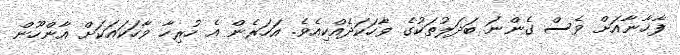
ފާޚާނާއަށް ވެސް ގެންނަ ބަދަލުތަކުގެ ވާހަކަދެއްކިއެވެ. އަހަރެން އެ ހުރިހާ ވާހަކައަކަށް އާންހޫން